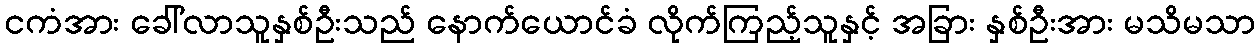
ငကံအား ခေါ်လာသူနှစ်ဦးသည် နောက်ယောင်ခံ လိုက်ကြည့်သူနှင့် အခြား နှစ်ဦးအား မသိမသာ